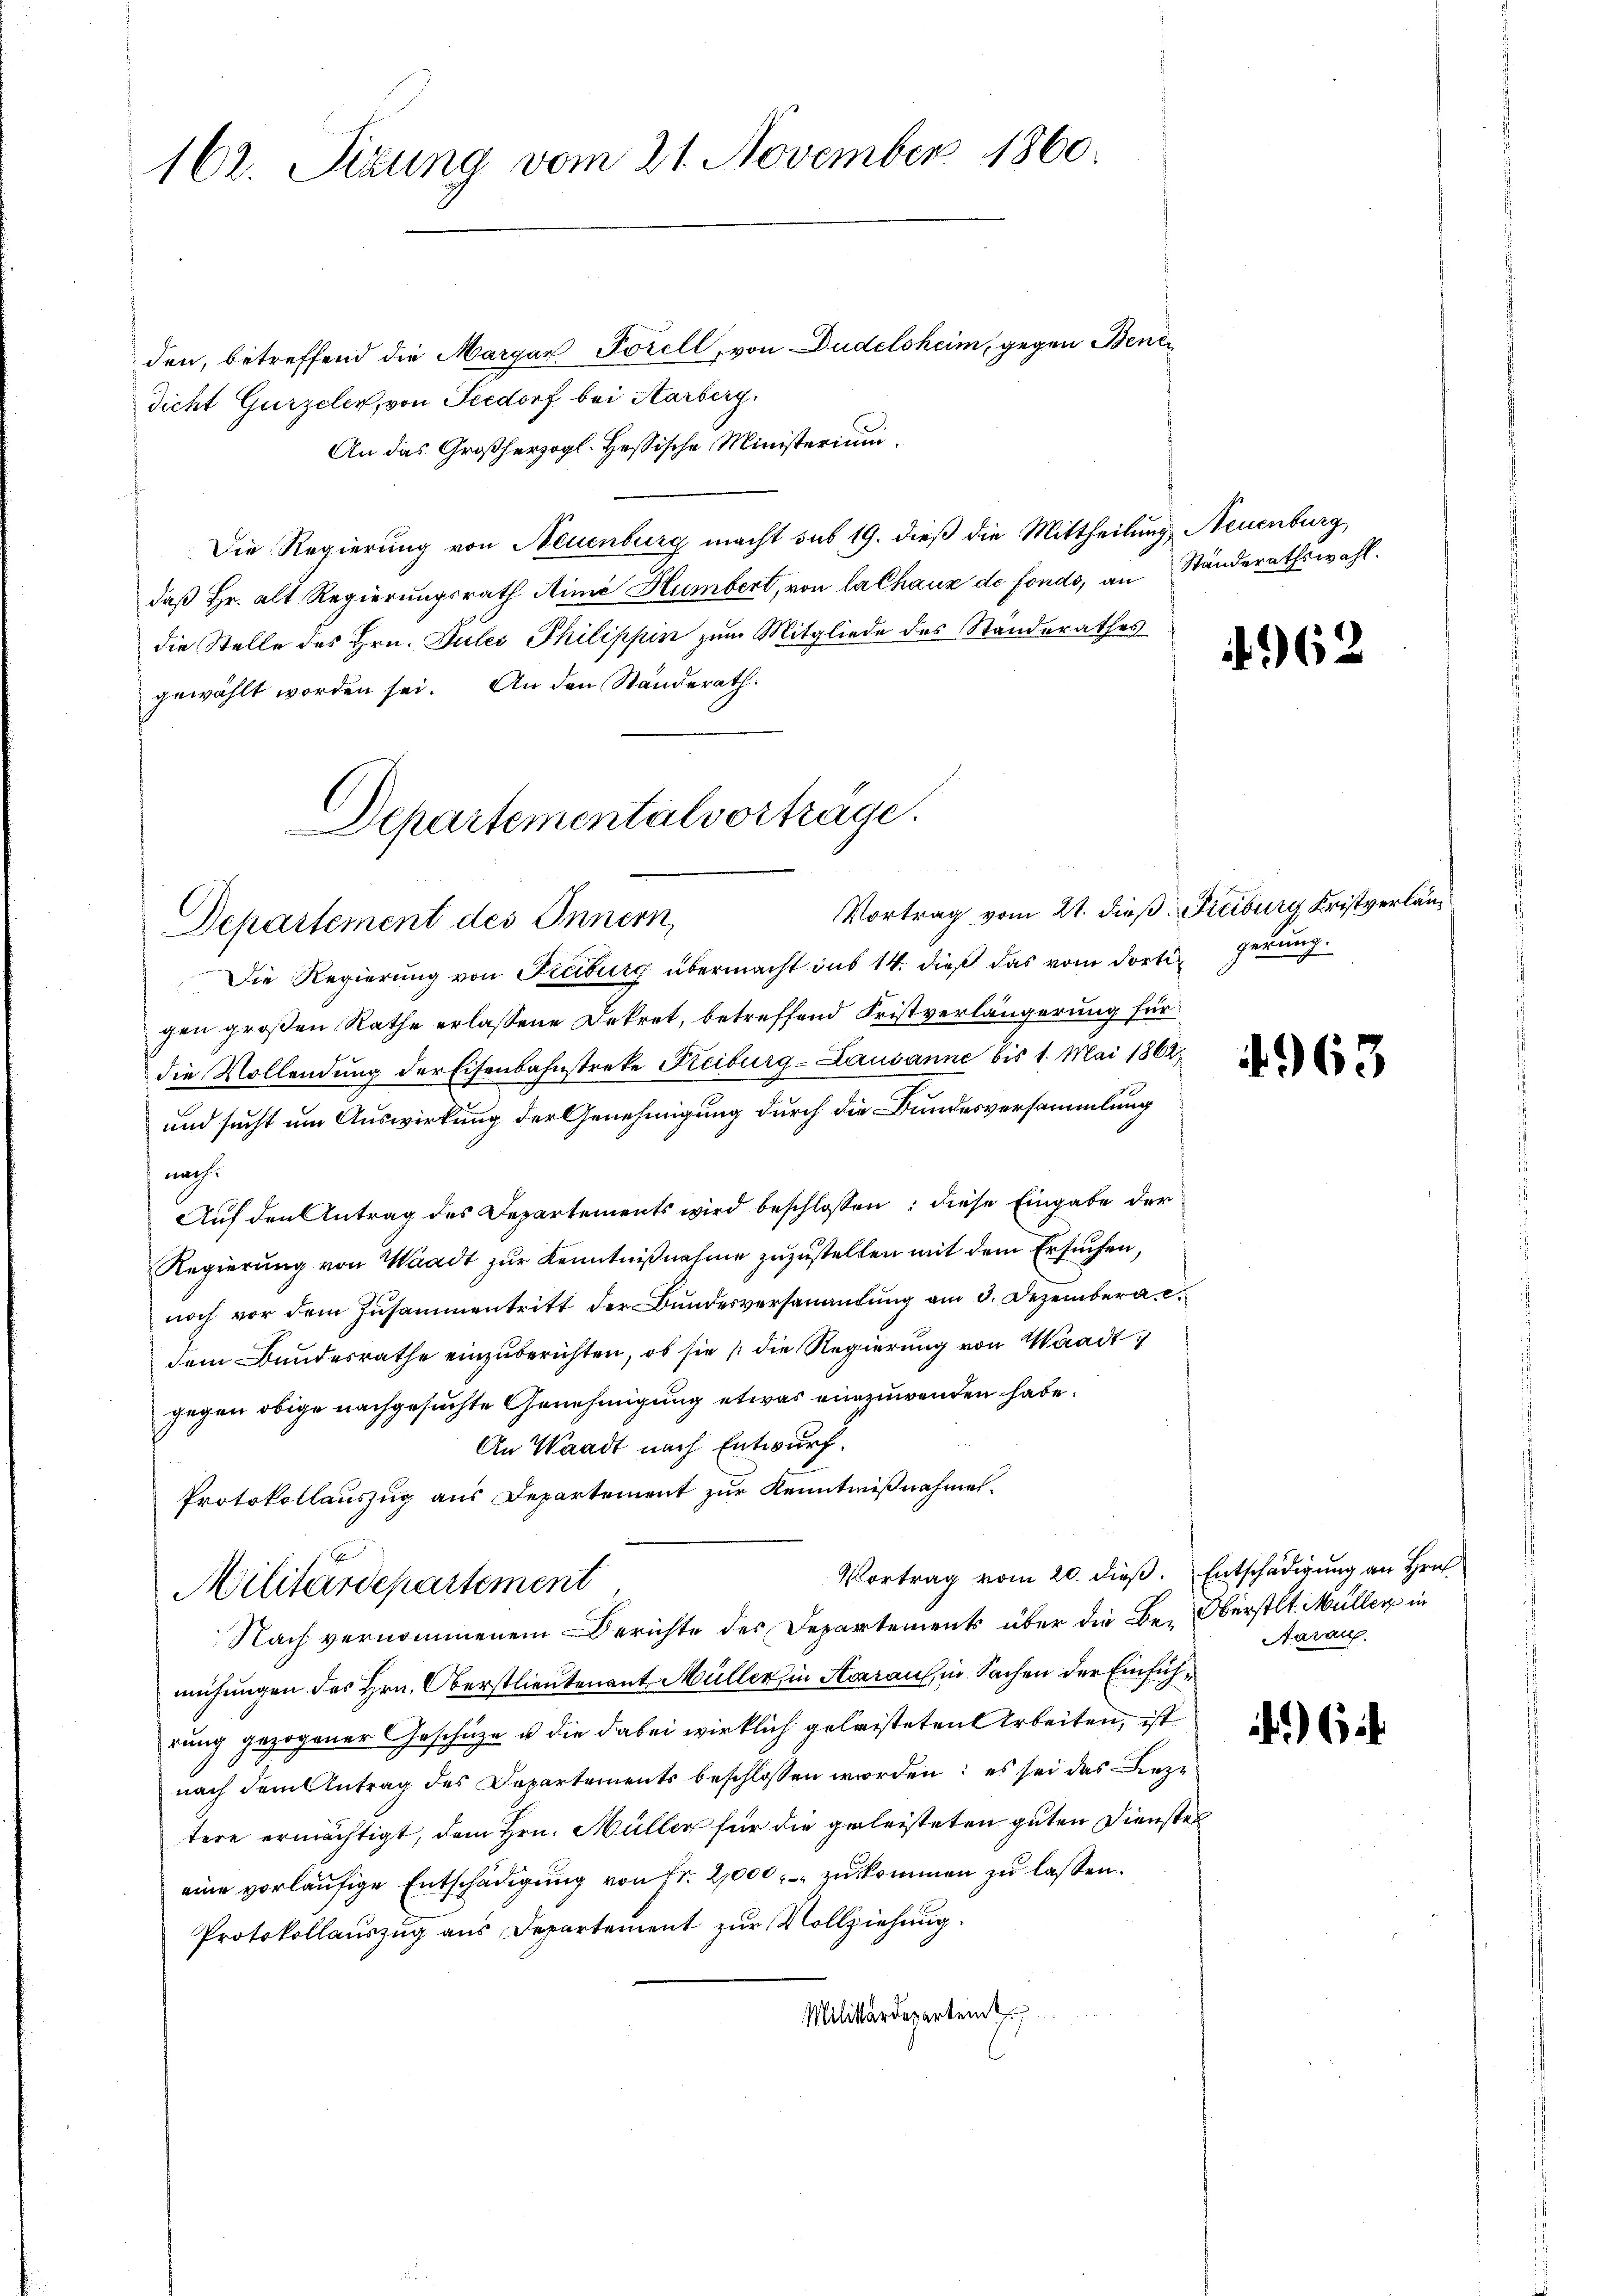
162. Sizung vom 21. November 1860.

den, betreffend die Margar Forell, von Dudelsheim, gegen Benedicht Gurzeler, von Seedorf bei Aarberg,
An das Großherzogl. Hessische Ministerium
Die Regierung von Neuenburg macht das 19. dieß die Mittheilung, Neuenburg,
daß Hr. alt Regierungsrath Mimé Humbert, von la Chaux de fondo, an Ständerathswahl.
die Stelle des Hrn. Jules Philippin zum Mitgliede des Standerathes
gewählt worden sei. An den Ständerath
Departementalvortrage.

Departement des Innern,

Vortrag vom 21. dieß: Freiburg Kristverlän¬
Die Regierung von Freiburg übermacht das 14. dieß das vom dortigerung
gen großen Rathe erlassene Dekret, betreffend Fristverlängerung für
die Vollendung der Eisenbahnstreke Freiburg-Lausanne bis 1. Mai 1862
und sucht um Auswirkung der Genehmigung durch die Bundesversammlung
nach
Auf den Antrag des Departements wird beschlossen: diese Eingabe der
Regierung von Waadt zur Kenntnißnahme zuzustellen mit dem Ersuchen,
noch vor dem Zusammentritt der Bundesversamantung am 3. Dezember a. c.
dem Bundesrathe einzuberichten, ob sie die Regierung von Waadt,
gegen obige nachgesuchte Genehmigung etwas einzuwenden habe.
An Waadt nach Entwurf.
Protokollauszug aus Departement zur Kenntnißnahmen.
Vortrag vom 20. dieß. Entschädigung an Hrn
Militärdepartement
Nach vernommenem Berichte des Departements über die Be-Oberstlt. Müller in
mühungen des Hrn. Oberstlieutenant Müller in Aaraus, in Sachen der Einführung gezogener Geschüze u die dabei wirklich geleisteten Arbeiten, ist
nach dem Antrag des Departements beschlossen worden: es sei das Beze
tere ermächtigt, dem Hrn. Müller für die geleisteten guten Dienstes
eine vorläŭfige Entschädigŭng von fr. 2,000 zukommen zu lassen.
Protokollauszug aus Departement zur Vollziehung.
Militärdepartem

4962

963

Aaraus.

.